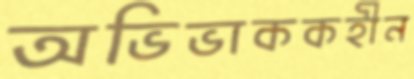
অভিভাককহীন